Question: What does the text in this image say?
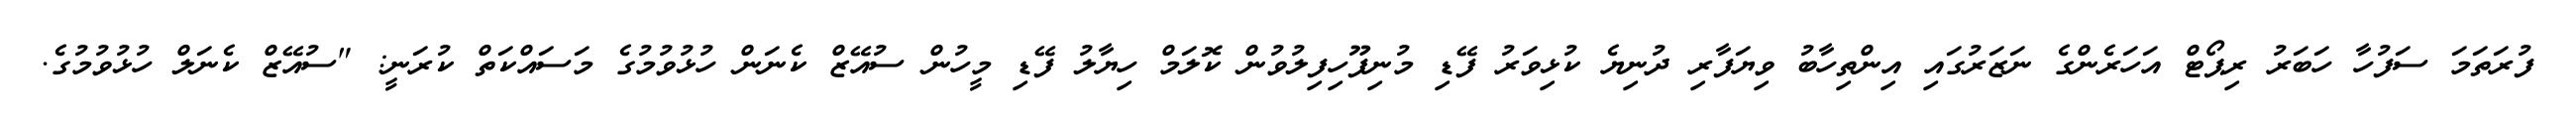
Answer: ފުރަތަމަ ސަފުހާ ހަބަރު ރިޕޯޓް އަހަރެންގެ ނަޒަރުގައި އިންތިހާބު ވިޔަފާރި ދުނިޔެ ކުޅިވަރު ފޭޑި މުނިފޫހިފިލުވުން ކޮލަމް ހިޔާލު ފޭޑި މީހުން ސުއޭޒް ކެނަން ހުޅުވުމުގެ މަސައްކަތް ކުރަނީ: "ސުއޭޒް ކެނަލް ހުޅުވުމުގެ.